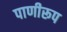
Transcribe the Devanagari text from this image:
पाणीरूप